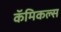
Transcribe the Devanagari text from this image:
कॅमिकल्स